Report on the lunatic asylums under the Government of Bombay - 1904-1913
Year: 1904
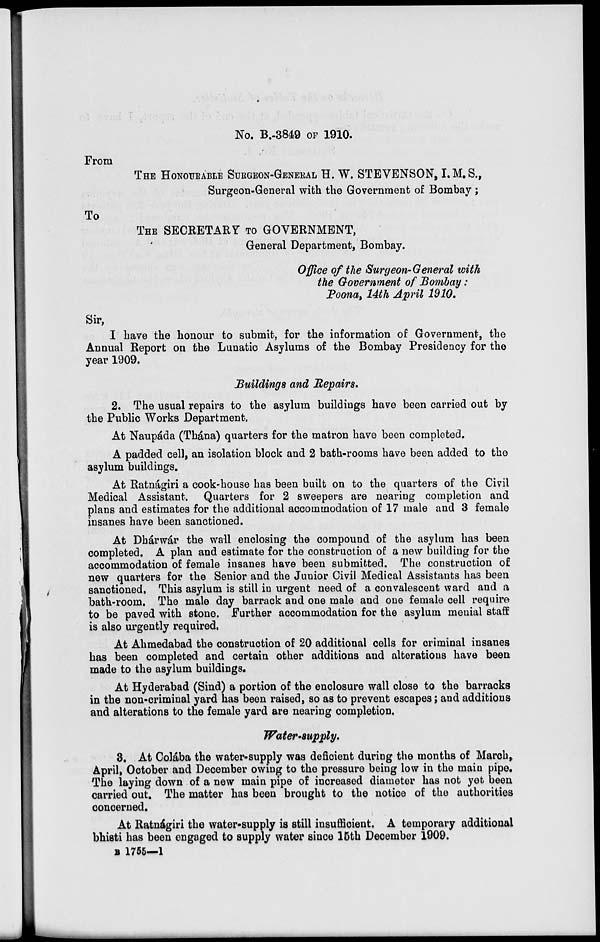
No. B.-3849 OF 1910.
From
THE HONOURABLE SURGEON-GENERAL H. W. STEVENSON, I.M.S.,
Surgeon-General with the Government of Bombay ;
To
THE SECRETARY TO GOVERNMENT,
General Department, Bombay.
Office of the Surgeon-General with
the Government of Bombay :
Poona, 14th April 1910.
Sir,
I have the honour to submit, for the information of Government, the
Annual Report on the Lunatic Asylums of the Bombay Presidency for the
year 1909.
Buildings and Repairs.
2. The usual repairs to the asylum buildings have been carried out by
the Public Works Department.
At Naupáda (Thána) quarters for the matron have been completed.
A padded cell, an isolation block and 2 bath-rooms have been added to the
asylum buildings.
At Ratnágiri a cook-house has been built on to the quarters of the Civil
Medical Assistant. Quarters for 2 sweepers are nearing completion and
plans and estimates for the additional accommodation of 17 male and 3 female
insanes have been sanctioned.
At Dhárwár the wall enclosing the compound of the asylum has been
completed. A plan and estimate for the construction of a new building for the
accommodation of female insanes have been submitted. The construction of
new quarters for the Senior and the Junior Civil Medical Assistants has been
sanctioned. This asylum is still in urgent need of a convalescent ward and a
bath-room. The male day barrack and one male and one female cell require
to be paved with stone. Further accommodation for the asylum menial staff
is also urgently required.
At Ahmedabad the construction of 20 additional cells for criminal insanes
has been completed and certain other additions and alterations have been
made to the asylum buildings.
At Hyderabad (Sind) a portion of the enclosure wall close to the barracks
in the non-criminal yard has been raised, so as to prevent escapes ; and additions
and alterations to the female yard are nearing completion.
Water-supply.
3. At Colába the water-supply was deficient during the months of March,
April, October and December owing to the pressure being low in the main pipe.
The laying down of a new main pipe of increased diameter has not yet been
carried out. The matter has been brought to the notice of the authorities
concerned.
At Ratnágiri the water-supply is still insufficient. A temporary additional
bhisti has been engaged to supply water since 15th December 1909.
B 1755—1